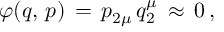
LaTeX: \varphi ( q , \, p ) \, = \, p _ { 2 \mu } \, q _ { 2 } ^ { \mu } \, \approx \, 0 \, { , }